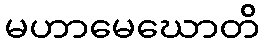
မဟာမေဃောတိ